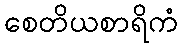
စေတိယစာရိကံ